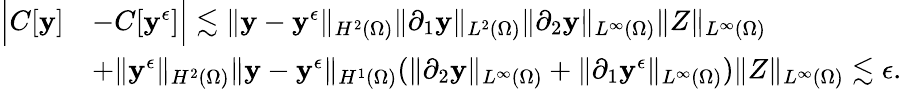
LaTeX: \begin{array}{rl}{\Big|C[\mathbf{y}]}&{-C[\mathbf{y}^{\epsilon}]\Big|\lesssim\| \mathbf{y}-\mathbf{y}^{\epsilon}\| _{H^{2}(\Omega)}\| \partial_{1}\mathbf{y}\| _{L^{2}(\Omega)}\| \partial_{2}\mathbf{y}\| _{L^{\infty}(\Omega)}\| Z\| _{L^{\infty}(\Omega)}}\\ &{+\| \mathbf{y}^{\epsilon}\| _{H^{2}(\Omega)}\| \mathbf{y}-\mathbf{y}^{\epsilon}\| _{H^{1}(\Omega)}(\| \partial_{2}\mathbf{y}\| _{L^{\infty}(\Omega)}+\| \partial_{1}\mathbf{y}^{\epsilon}\| _{L^{\infty}(\Omega)})\| Z\| _{L^{\infty}(\Omega)}\lesssim\epsilon.}\end{array}